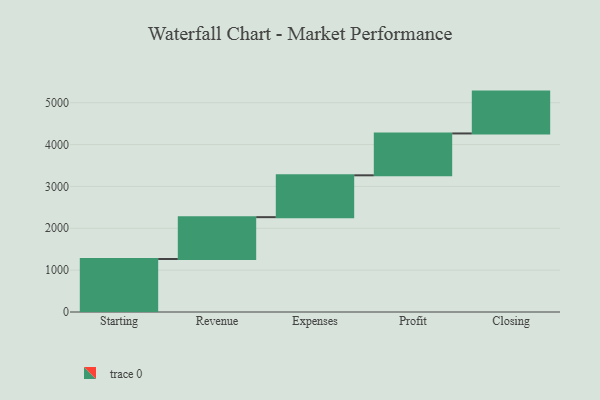
{"axis": {"x": "Step", "y": "Value"}, "legend": [""], "data": [{"x": "Starting", "y": 1266.0, "type": ""}, {"x": "Revenue", "y": 1000, "type": ""}, {"x": "Expenses", "y": 1000, "type": ""}, {"x": "Profit", "y": 1000, "type": ""}, {"x": "Closing", "y": 1000, "type": ""}]}